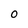
Character: 0